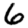
Digit: 6